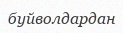
буйволдардан